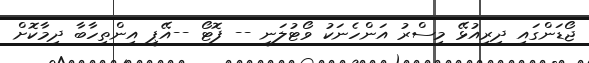
ޖޯޑަންގައި ދިރިއުޅޭ މިސްރު އަންހެނަކު ވޯޓުލަނީ -- ފޮޓޯ --އޭޕީ އިންތިހާބާ ދިމާކޮށް